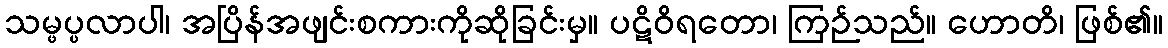
သမ္ဖပ္ပလာပါ၊ အပြိန်အဖျင်းစကားကိုဆိုခြင်းမှ။ ပဋိဝိရတော၊ ကြဉ်သည်။ ဟောတိ၊ ဖြစ်၏။